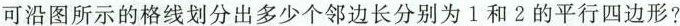
可沿图所示的格线划分出多少个邻边长分别为1和2的平行四边形?